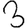
Digit: 3